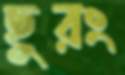
ছুরং